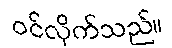
ဝင်လိုက်သည်။